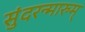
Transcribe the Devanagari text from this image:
सुंदरन्मारुम्